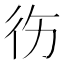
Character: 𱝮